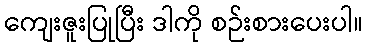
ကျေးဇူးပြုပြီး ဒါကို စဉ်းစားပေးပါ။